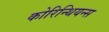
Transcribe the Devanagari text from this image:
कोरिन्थियन्स